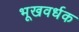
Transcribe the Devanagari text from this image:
भूखवर्धक